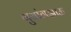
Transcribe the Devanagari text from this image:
गुयांगझाऊ